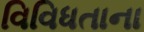
વિવિધતાના